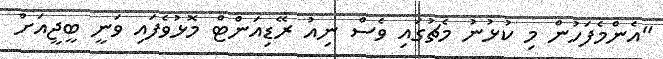
"އެންމެފަހުން މި ކުޅުނު މެޗުގައި ވެސް ނިއު ރޭޑިއަންޓް މޮޅުވެފައި ވަނީ ބީޖީއަށް